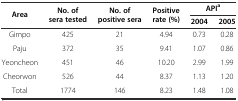
| <ROWSPAN=2> Area | <ROWSPAN=2> No. of sera tested | <ROWSPAN=2> No. of positive sera | <ROWSPAN=2> Positive rate (%) | <COLSPAN=2> APIa |
 | 2004 | 2005 |
 | --- | --- | --- | --- | --- | --- |
 | Gimpo | 425 | 21 | 4.94 | 0.73 | 0.28 |
 | Paju | 372 | 35 | 9.41 | 1.07 | 0.86 |
 | Yeoncheon | 451 | 46 | 10.20 | 2.99 | 1.99 |
 | Cheorwon | 526 | 44 | 8.37 | 1.13 | 1.20 |
 | Total | 1774 | 146 | 8.23 | 1.48 | 1.08 |